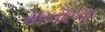
મરનારના